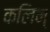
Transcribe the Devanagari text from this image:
कलिन्